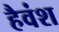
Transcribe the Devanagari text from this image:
हैवंश